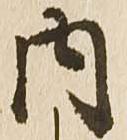
内